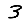
Digit: 3